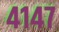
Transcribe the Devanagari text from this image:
४१४७